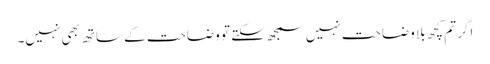
اگر تم کچھ بلا وضاحت نہیں سمجھ سکتے تو وضاحت کے ساتھ بھی نہیں۔